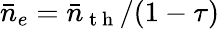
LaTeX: \bar{n}_{e}=\bar{n}_{\mathrm{~t~h~}}/(1-\tau)